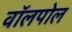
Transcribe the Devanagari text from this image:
वॉलपोल